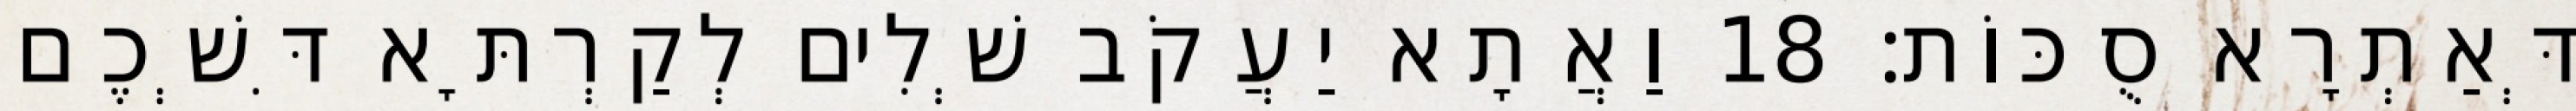
דְּאַתְרָא סֻכּוֹת׃ 18 וַאֲתָא יַעֲקֹב שְׁלִים לְקַרְתָּא דִּשְׁכֶם